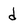
Character: d